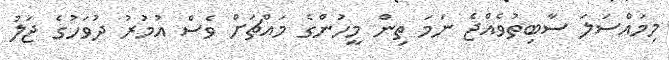
މިމައްސަލަ ސާބިތުވެއްޖެ ނަމަ ތިން މީހުންގެ މައްޗަށް ވެސް އުމުރު ދުވަހުގެ ޖަލު